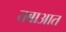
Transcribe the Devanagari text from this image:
तबाआत